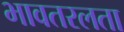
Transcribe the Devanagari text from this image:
भावतरलता